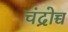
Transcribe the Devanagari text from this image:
चंद्रोच्च